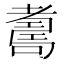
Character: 𦓃